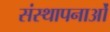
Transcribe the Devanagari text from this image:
संस्‍थापनाओं